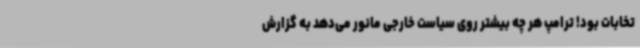
تخابات بود! ترامپ هر چه بیشتر روی سیاست خارجی مانور می‌دهد به گزارش